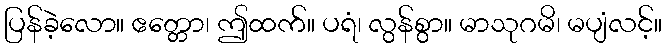
ပြန်ခဲ့လော။ ဧတ္တော၊ ဤထက်။ ပရံ၊ လွန်စွာ။ မာသုဂမိ၊ မပျံလင့်။